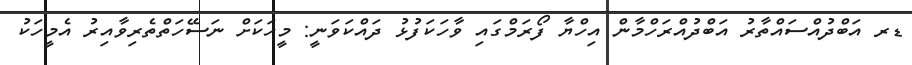
ޑރ އަބްދުއްސައްތާރު އަބްދުއްރަހްމާން އިހްޔާ ފޯރަމްގައި ވާހަކަފުޅު ދައްކަވަނީ: މީހަކަށް ނަސޭހަތްތެރިވާއިރު އެމީހަކު